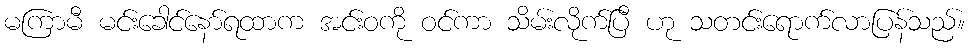
မကြာမီ မင်းခေါင်နော်ရထာက အင်းဝကို ဝင်ကာ သိမ်းလိုက်ပြီ ဟု သတင်းရောက်လာပြန်သည်။